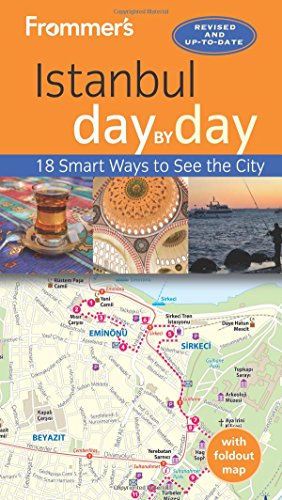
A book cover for Frommer's Istanbul day by day; Terry Richardson; Travel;